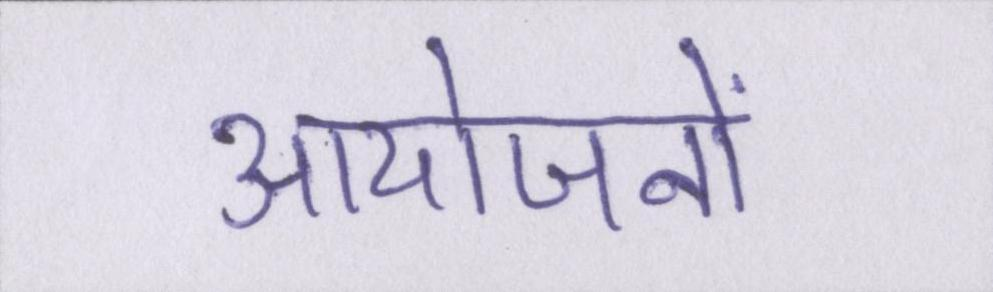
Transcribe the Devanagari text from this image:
आयोजनों